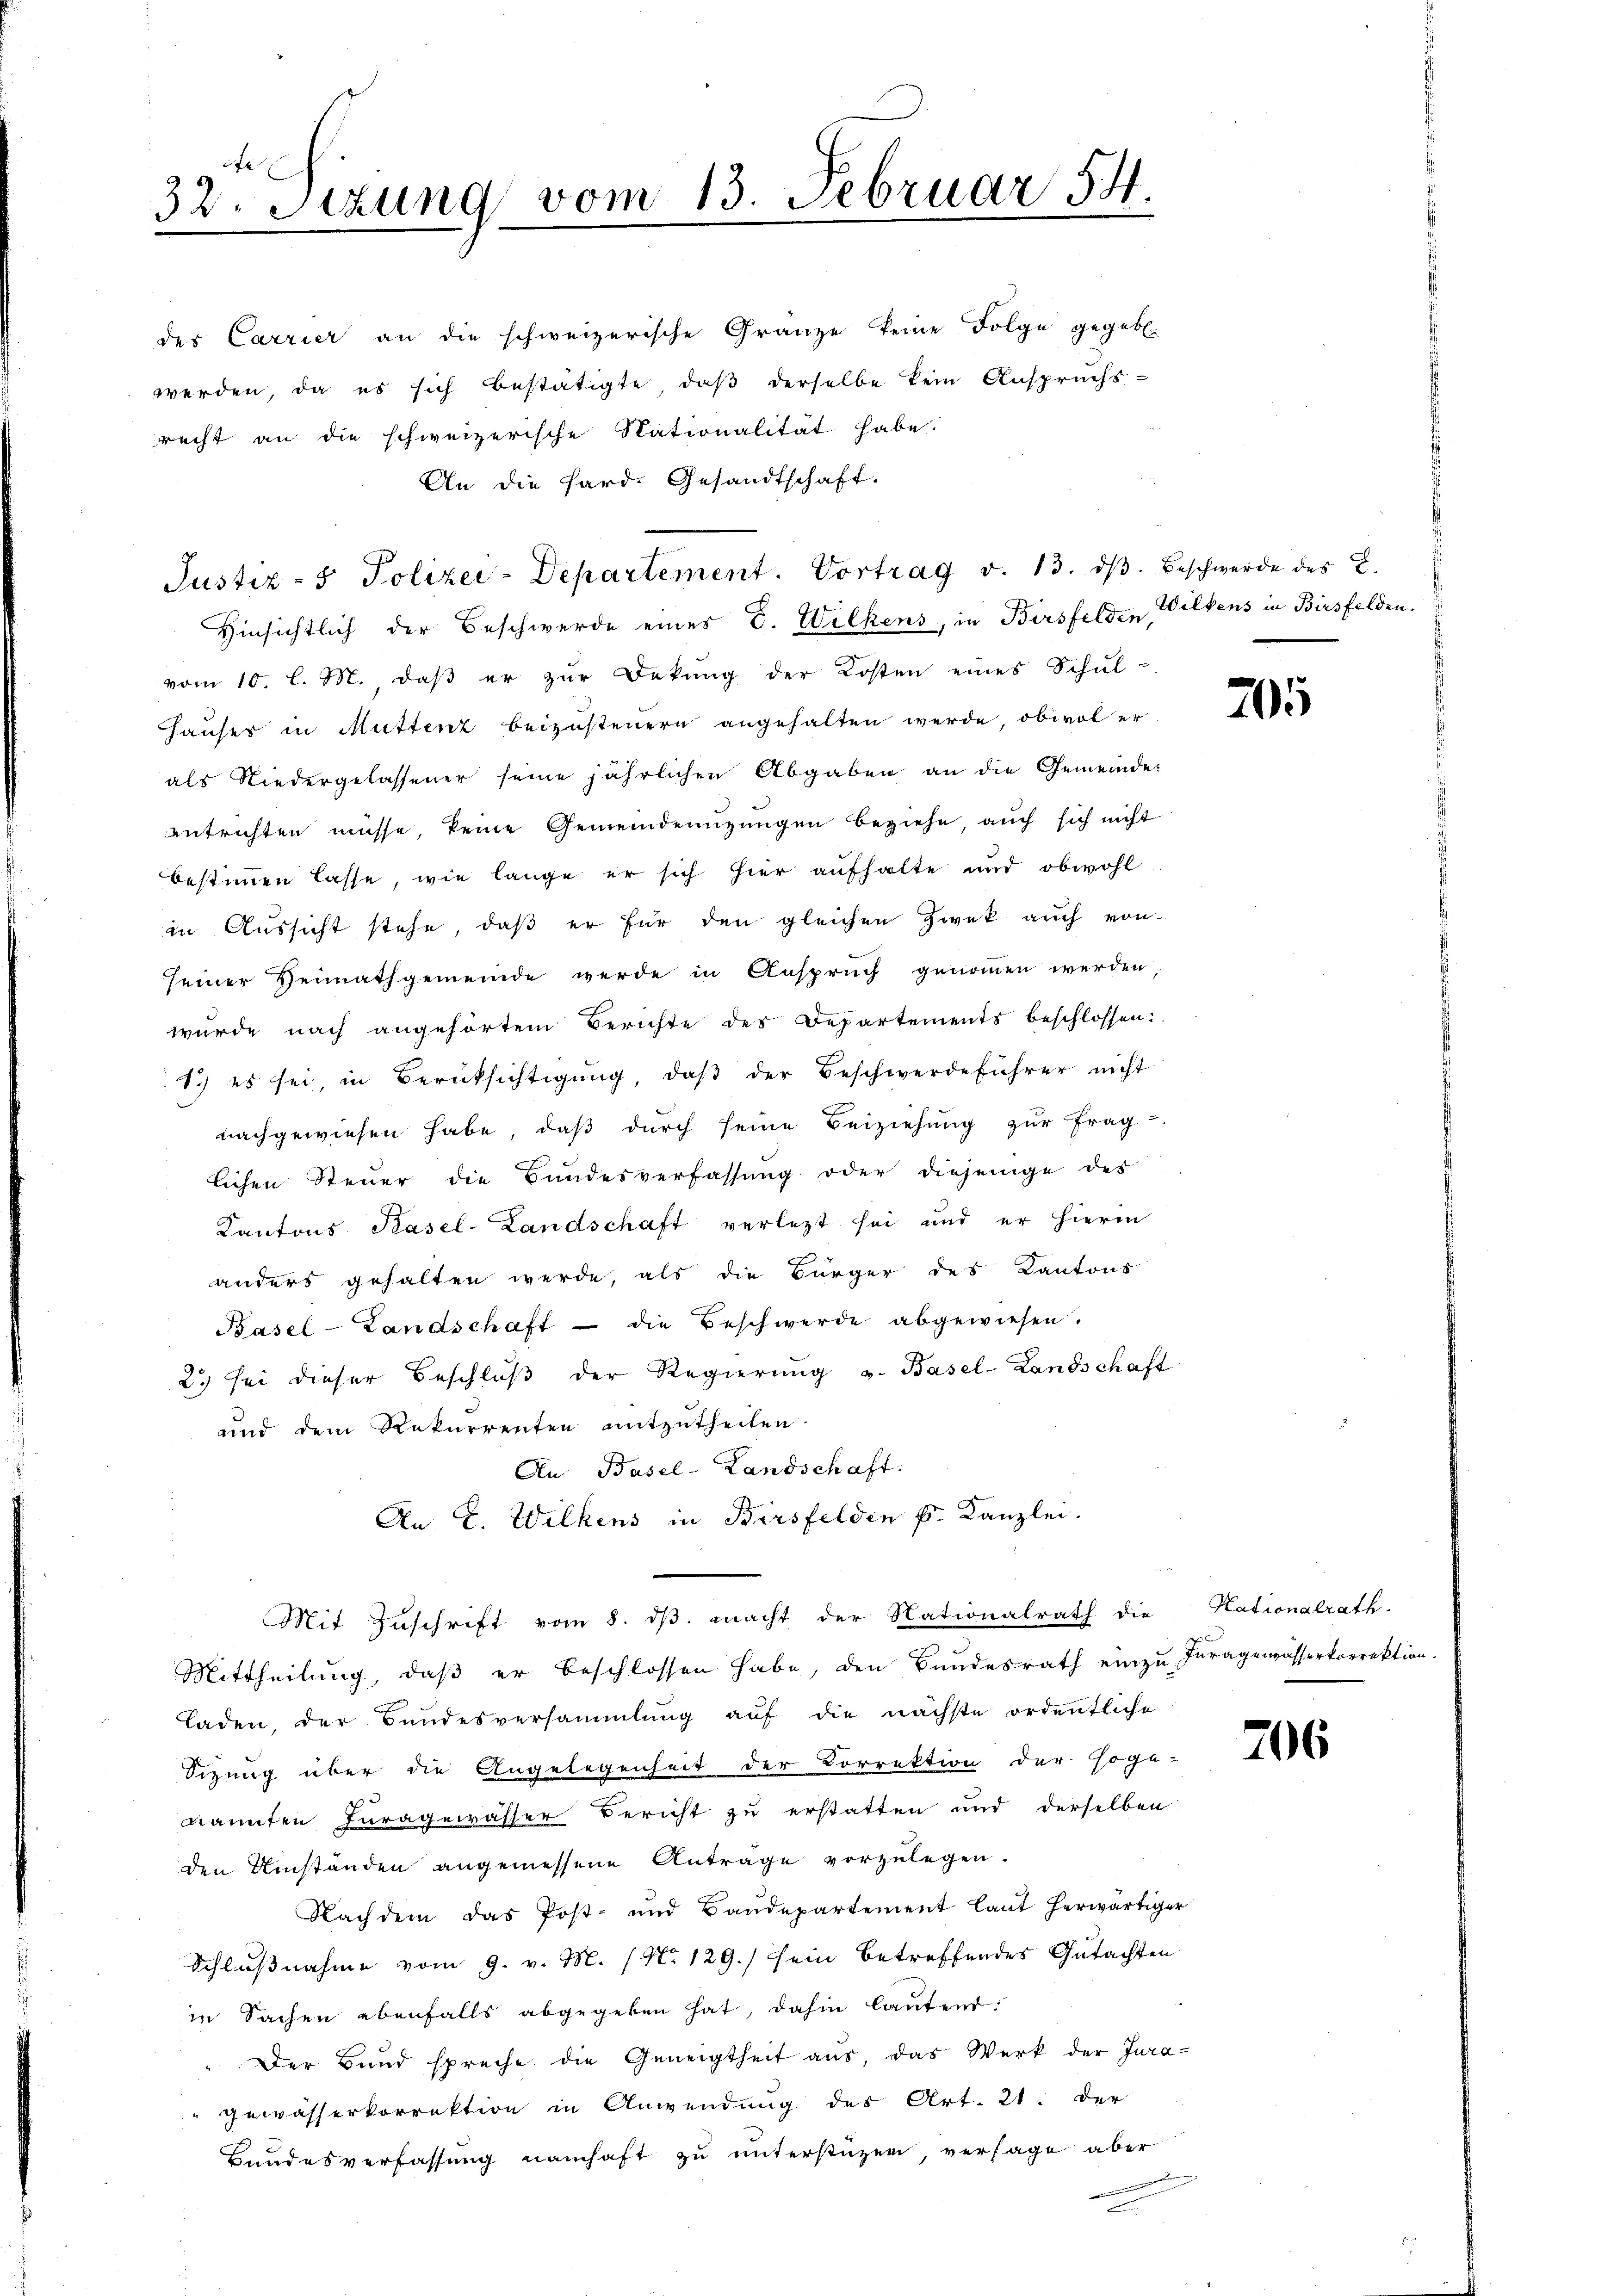
te
32. Setzung vom 13. Februar 54

des Carrier an die schweizerische Gränze keine Folge gegebe.
werden, da es sich bestätigte, daß derselbe kein Anspruchs-
recht an die schweizerische Nationalität habe.
An die Hard. Gesandtschaft.
Justiz- & Polizei-Departement. Vortrag v. 13. ds. Beschwerde des C.
Hinsichtlich der Beschwerde eines C. Wilkens, in Birsfelden, Wilkens in Birsfelden.
vom 10. l. M. daβ er zŭr Dekŭng der Kosten eines Schŭl-
Hauser in Muttenz beizusteuern angehalten werde, obwol er
als Niedergelassener seine jährlichen Abgaben an die Gemeinde-
entrichten müsse, keine Gemeindemŭzŭngen beziehe, auch sich nicht
bestimmen lasse, wie lange er sich hier aufhalte und obwohl
in Aussicht stehe, daß er für den gleichen Zwek auch von
seiner Heimathgemeinde werde in Ansprŭch genoṁen werden.
wurde nach angehörtem Berichte der Departements beschlossen:
1.) es sei, in Berücksichtigung, daβ der Beschwerdeführer nicht
nachgewiesen habe, daß durch seine Beiziehung zur Frag-
lichen Steuer die Bundesverfassung oder diejenige des
Kantons Pasel-Landschaft verlegt sei und er hierin
anders gehalten werde, als die Bürger des Kantons
Basel-Landschaft - die Beschwerde abgewiesen.
2. sei dieser Beschlŭβ der Regierŭng v. Basel-Landschaft
und dem Rekurrenten mitzutheilen.
An Basel-Landschaft
An E. Welkens in Birsfelden k. Kanzlei.
Mit Zŭschrift vom 8. dβ. macht der Nationalrath die Kationalrath.
Mittheilŭng, daβ er beschlossen habe, den Bundesrath einzu Inragengasserkorrektion.
laden, der Bundesversammlung auf die nächste ordentliche
Sizung über die Angelegenheit der Correktion der soge-
kannten Juragewässer Bericht zu erstatten und derselben
den Umständen angemessene Anträge vorzulegen.
Nachdem das Post- und Baudepartement laut herwärtiger
Schlußnahme vom 9. v. M. (No 129.) sein betreffendes Gutachten
in Sachen ebenfalls abgegeben hat, dahin lautend:
" Der Bund spreche die Geneigtheit aus, das Werk der Jura-
gewässerkorrektion in Anwendung des Art. 21. der
Bundesverfassung namhaft zu unterstüzen, versage aber

705

206